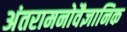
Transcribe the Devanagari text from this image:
अंतरामनोवैज्ञानिक